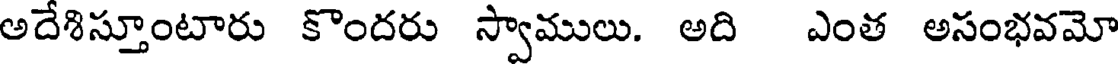
అదేశిస్తూంటారు కొందరు స్వాములు. అది ఎంత అసంభవమో